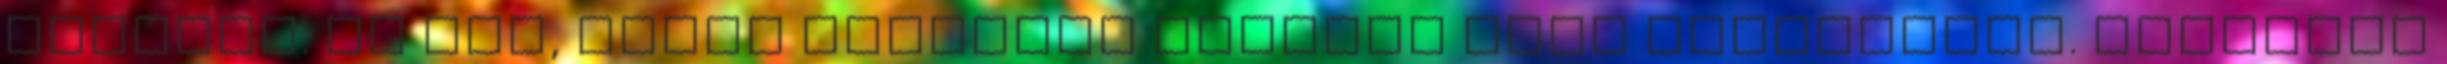
világos. Ha nem, akkor visszont fussunk neki mégegyszer. Egyrészt